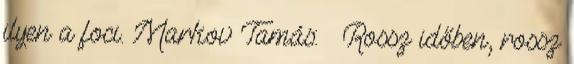
ilyen a foci. Markov Tamás: – Rossz időben, rossz